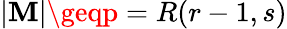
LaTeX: |\mathbf{M}|\geqp=R(r-1,s)